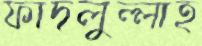
ফাদলুল্লাহ